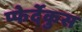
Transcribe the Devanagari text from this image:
प्फेर्देकुस